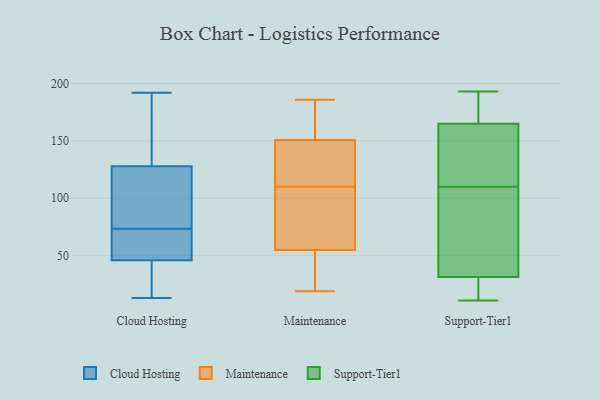
{"axis": {"x": "Production Output", "y": "Value"}, "legend": ["Cloud Hosting", "Maintenance", "Support-Tier1"], "data": [{"x": "", "y": 128, "type": "Cloud Hosting"}, {"x": "", "y": 34, "type": "Cloud Hosting"}, {"x": "", "y": 77, "type": "Cloud Hosting"}, {"x": "", "y": 130, "type": "Cloud Hosting"}, {"x": "", "y": 182, "type": "Cloud Hosting"}, {"x": "", "y": 115, "type": "Cloud Hosting"}, {"x": "", "y": 60, "type": "Cloud Hosting"}, {"x": "", "y": 62, "type": "Cloud Hosting"}, {"x": "", "y": 125, "type": "Cloud Hosting"}, {"x": "", "y": 21, "type": "Cloud Hosting"}, {"x": "", "y": 53, "type": "Cloud Hosting"}, {"x": "", "y": 13, "type": "Cloud Hosting"}, {"x": "", "y": 46, "type": "Cloud Hosting"}, {"x": "", "y": 179, "type": "Cloud Hosting"}, {"x": "", "y": 70, "type": "Cloud Hosting"}, {"x": "", "y": 29, "type": "Cloud Hosting"}, {"x": "", "y": 119, "type": "Cloud Hosting"}, {"x": "", "y": 192, "type": "Cloud Hosting"}, {"x": "", "y": 156, "type": "Maintenance"}, {"x": "", "y": 134, "type": "Maintenance"}, {"x": "", "y": 186, "type": "Maintenance"}, {"x": "", "y": 75, "type": "Maintenance"}, {"x": "", "y": 61, "type": "Maintenance"}, {"x": "", "y": 160, "type": "Maintenance"}, {"x": "", "y": 105, "type": "Maintenance"}, {"x": "", "y": 19, "type": "Maintenance"}, {"x": "", "y": 53, "type": "Maintenance"}, {"x": "", "y": 25, "type": "Maintenance"}, {"x": "", "y": 156, "type": "Maintenance"}, {"x": "", "y": 110, "type": "Maintenance"}, {"x": "", "y": 111, "type": "Maintenance"}, {"x": "", "y": 30, "type": "Maintenance"}, {"x": "", "y": 135, "type": "Maintenance"}, {"x": "", "y": 39, "type": "Support-Tier1"}, {"x": "", "y": 193, "type": "Support-Tier1"}, {"x": "", "y": 11, "type": "Support-Tier1"}, {"x": "", "y": 17, "type": "Support-Tier1"}, {"x": "", "y": 182, "type": "Support-Tier1"}, {"x": "", "y": 141, "type": "Support-Tier1"}, {"x": "", "y": 24, "type": "Support-Tier1"}, {"x": "", "y": 86, "type": "Support-Tier1"}, {"x": "", "y": 108, "type": "Support-Tier1"}, {"x": "", "y": 168, "type": "Support-Tier1"}, {"x": "", "y": 162, "type": "Support-Tier1"}, {"x": "", "y": 112, "type": "Support-Tier1"}]}